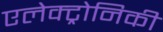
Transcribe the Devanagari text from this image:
एलेक्ट्रोनिकी